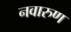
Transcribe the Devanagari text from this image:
नवारुण